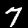
Digit: 7